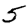
Digit: 5